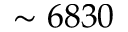
\sim 6 8 3 0